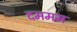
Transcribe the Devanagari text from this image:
दममम